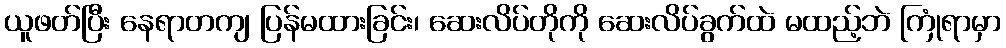
ယူဖတ်ပြီး နေရာတကျ ပြန်မထားခြင်း၊ ဆေးလိပ်တိုကို ဆေးလိပ်ခွက်ထဲ မထည့်ဘဲ ကြုံရာမှာ